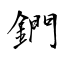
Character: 鍆